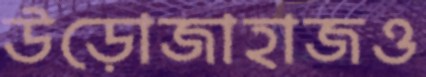
উড়োজাহাজও